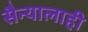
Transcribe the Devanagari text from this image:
सैन्यालाही